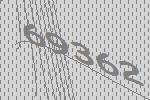
69362